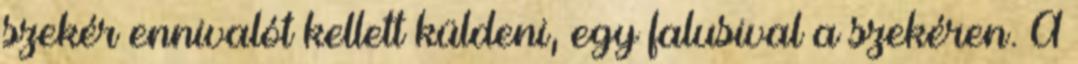
szekér ennivalót kellett küldeni, egy falusival a szekéren. A